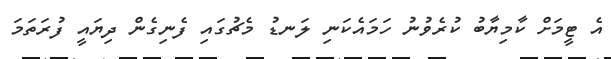
އެ ޓީމަށް ކާމިޔާބު ކުރެވުނު ހަމައެކަނި ލަނޑު މެޗުގައި ފެނިގެން ދިޔައީ ފުރަތަމަ